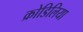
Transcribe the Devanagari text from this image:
क्रोडिलिया